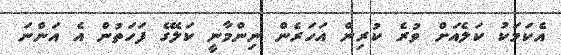
އެކަމަކު ކަލެއަށް ވުރެ ކުރިން އަހަރެން ނިންމާނީ ކަލޭގެ ފަހަތުން އެ އަންނަ